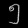
Digit: ၅